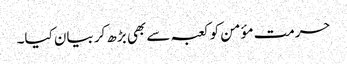
حرمت مؤمن کو کعبہ سے بھی بڑھ کر بیان کیا۔